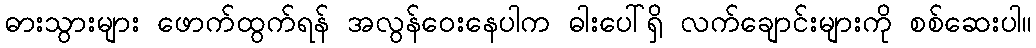
ဓားသွားများ ဖောက်ထွက်ရန် အလွန်ဝေးနေပါက ဓါးပေါ်ရှိ လက်ချောင်းများကို စစ်ဆေးပါ။